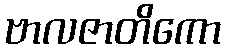
ဗာလဇာတိကော